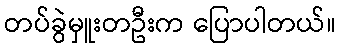
တပ်ခွဲမှူးတဦးက ပြောပါတယ်။